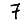
Digit: 7